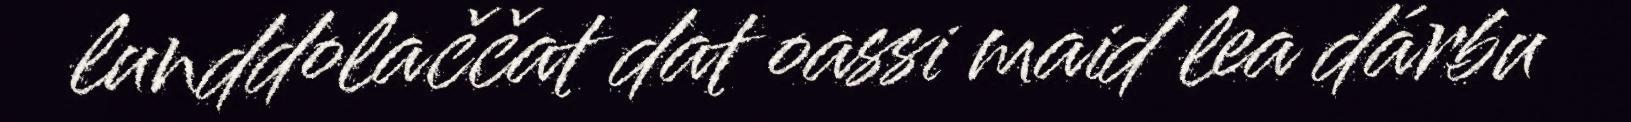
lunddolaččat dat oassi maid lea dárbu